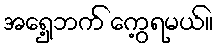
အရှေ့ဘက် ကွေ့ရမယ်။